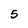
Character: 5